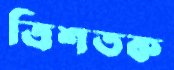
ত্রিশতক